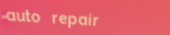
auto repair